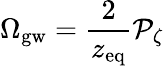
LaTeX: \Omega_{\mathrm{gw}}={\frac{2}{z_{\mathrm{eq}}}}{\cal P}_{\zeta}